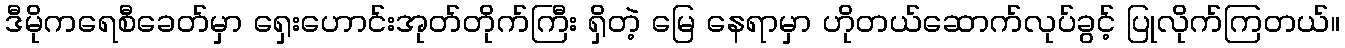
ဒီမိုကရေစီခေတ်မှာ ရှေးဟောင်းအုတ်တိုက်ကြီး ရှိတဲ့ မြေ နေရာမှာ ဟိုတယ်ဆောက်လုပ်ခွင့် ပြုလိုက်ကြတယ်။